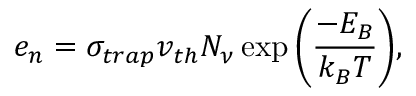
{ e _ { n } } = { \sigma _ { t r a p } v _ { t h } N _ { \nu } \exp \left( \frac { - E _ { B } } { k _ { B } T } \right) } ,